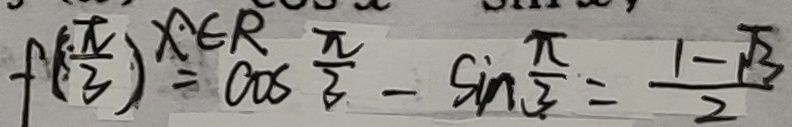
f ( \frac { \pi } { 3 } ) = \cos \frac { \pi } { 3 } - \sin \frac { \pi } { 3 } = \frac { 1 - \sqrt { 3 } } { 2 }